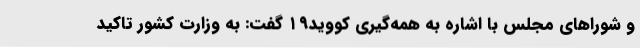
و شوراهای مجلس با اشاره به همه‌گیری کووید۱۹ گفت: به وزارت کشور تاکید